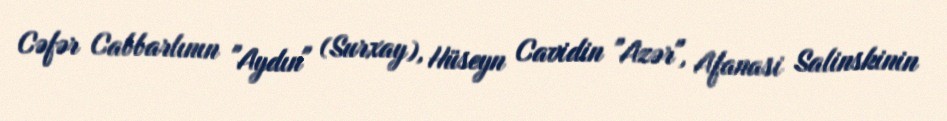
Cəfər Cabbarlının "Aydın" (Surxay), Hüseyn Cavidin "Azər", Afanasi Salinskinin